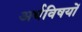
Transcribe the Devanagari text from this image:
अर्थविषयों